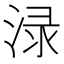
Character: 渌